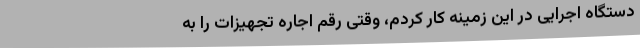
دستگاه اجرایی در این زمینه کار کردم، وقتی رقم اجاره تجهیزات را به